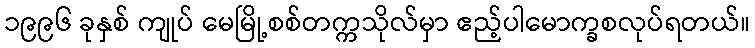
၁၉၉၆ ခုနှစ် ကျုပ် မေမြို့စစ်တက္ကသိုလ်မှာ ဧည့်ပါမောက္ခစလုပ်ရတယ်။